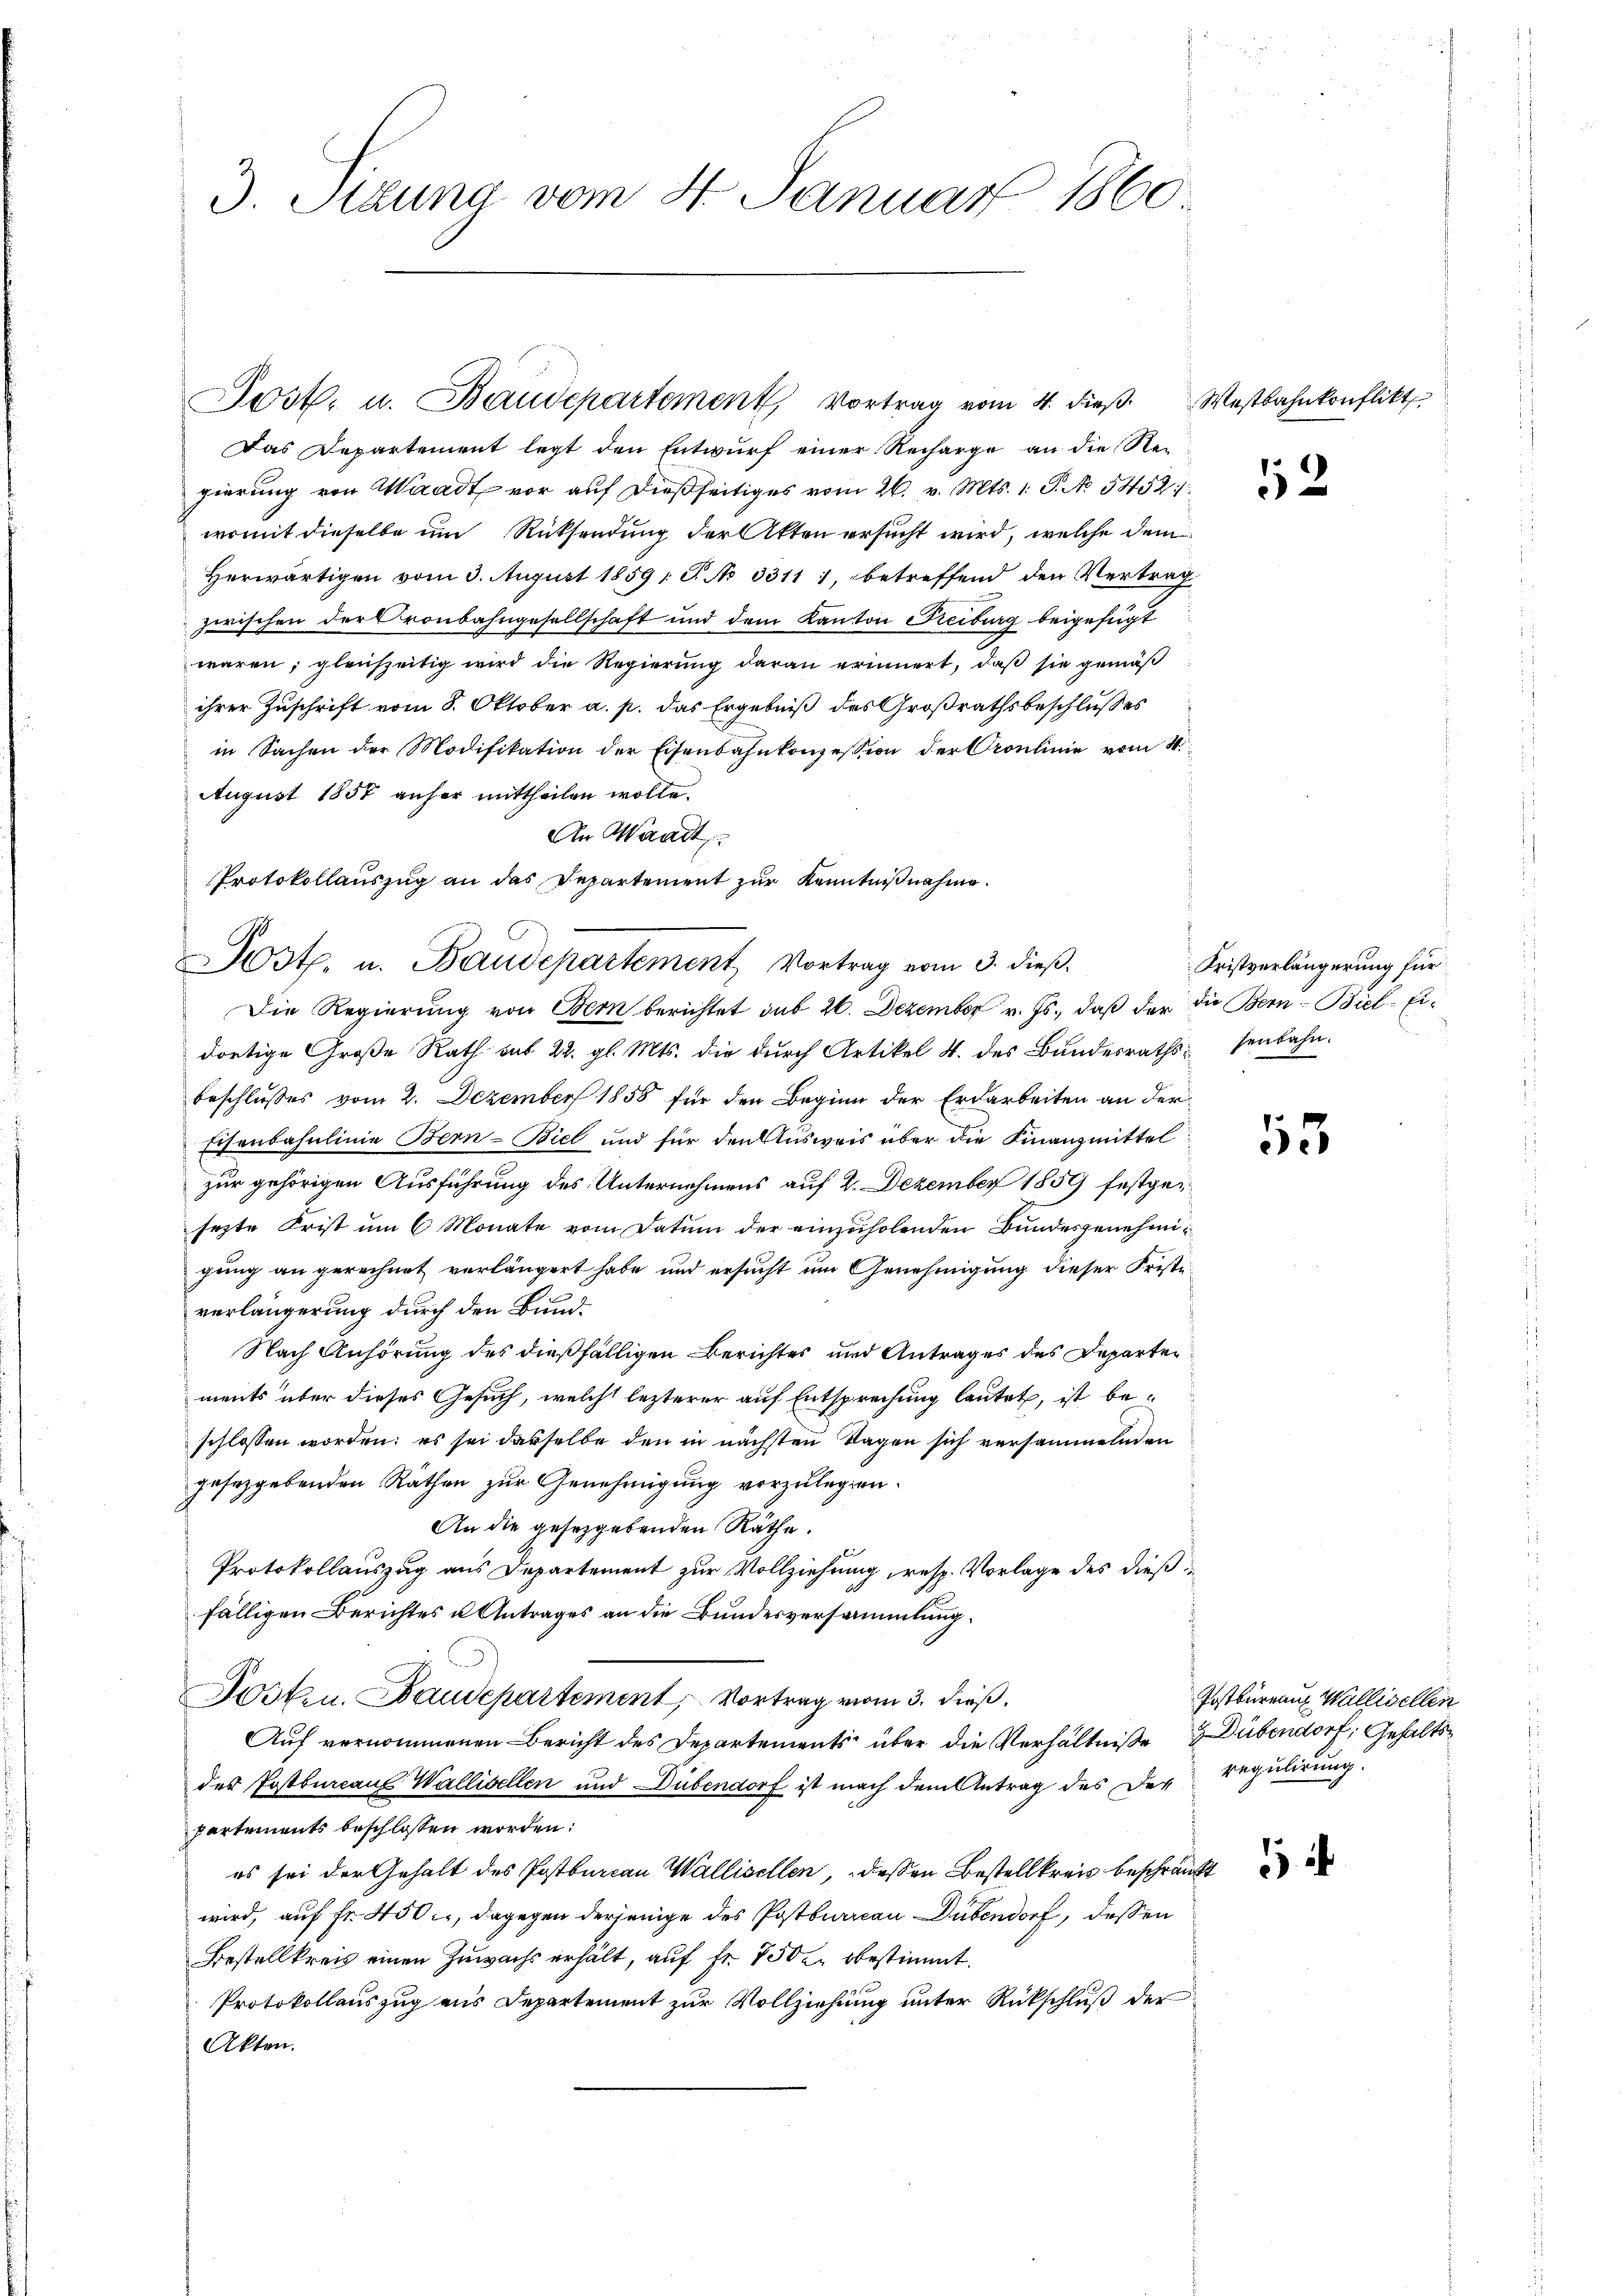
3. Pizuna vom 4. Januar 1860

Post. u. Baudepartement, Vortrag vom 4. dieß. Westbahnkonflikt

Das Departement legt den Entwurf einer Recharge an die Regierung von Waadt vor auf dießseitiges vom 26. v. Mts. 1. G. No 5452.
womit dieselbe im Rücksendung der Akten ersucht wird, welche dem
Herwärtigen vom 3. August 1859, S. No 3311 1, betreffend den Vertrag
zwischen der Cronbahngesellschaft und dem Kanton Freiburg beigefügt
waren; gleichzeitig wird die Regierung daran erinnert, daß sie gemäß
ihrer Zuschrift vom 8. Oktober a. p. das Ergebniß des Großrathsbeschlußes
in Sachen der Modifikation der Eisenbahnkonzession der Croulinie vom 4.
August 1857 anher mittheilen wolle.
An Waadt
Protokollauszug an das Departement zur Kenntnißnahme.
Die Regierung von Bern berichtet sub 20. Dezember v. Js., daβ der die Bern - Biel-Eidortige Große Rath aus 22. gl. Mts. die durch Artikel 4. des Bundesraths senbahn-
beschlusses vom 2. Dezember 1858 für den Beginn der Erdarbeiten an der
Eisenbahnlinie Bern-Biel und für den Ausweis über die Finanzmittel
zur gehörigen Ausführung des Unternehmens auf 2. Dezember 1859 festgesezte Frist um 6 Monate vom Datum der einzuholenden Bundesgenehmigung an gerechnet verlängert habe und ersucht um Genehmigung dieser Friste
verlängerung durch den Bund¬
Nach Anhörung des dießfälligen Berichtes und Antrages des Departen
ments über dieses Gesuch, welche lezterer auf Entsprechung lautet, ist beschlossen worden; es sei dasselbe den in nächsten Tagen sich versammelnden
gesetzgebenden Räthen zur Genehmigung vorzulegen.
An die gesetzgebenden Räthe.
Protokollauszug aus Departement zur Vollziehung, resp. Vorlage des dießfälligen Berichtes u Antrages an die Bundesversammlung
Posten. Baudepartement, Vortrag vom 3. dieß,
Auf vernommenen Bericht des Departements über die Verhältniße Dübendorf, Gehaltsder Postbureaus Wallisellen und Dübendorf ist nach dem Antrag des Der Regulirung.
partements beschlossen worden:
es sei der Gehalt des Postburcan Wallisellen, deßen Bestellkreis beschränkt
wird, auf Fr. 450, dagegen derjenige des Postburcan Dübendorf, dessen
Bestellkreis einen Zuwachs erhält, auf Fr. 750 u. bestimmt.
Protokollauszug aus Departement zur Vollziehung unter Rückschluß der
Akten.

ost. u. Baudepartement Vortrag vom 3. dieβ.

52

Fristverlängerung für

5

Postbureau, Wallisellen